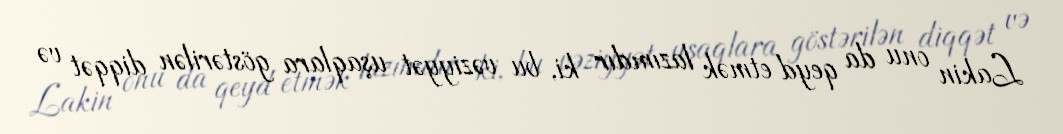
Lakin onu da qeyd etmək lazımdır ki, bu vəziyyət uşaqlara göstərilən diqqət və